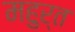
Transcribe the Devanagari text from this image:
महुर्त